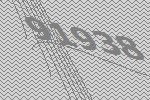
91938